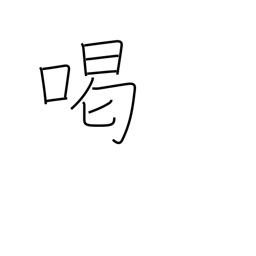
Meaning: scold